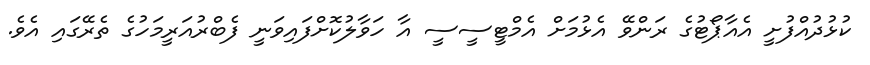
ކުޅުދުއްފުށީ އެއާޕޯޓުގެ ރަންވޭ އެޅުމަށް އެމްޓީސީސީ އާ ހަވާލުކޮށްފައިވަނީ ފެބްރުއަރީމަހުގެ ތެރޭގައި އެވެ.